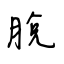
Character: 脫